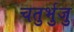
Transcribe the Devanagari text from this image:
चतुर्भुजु